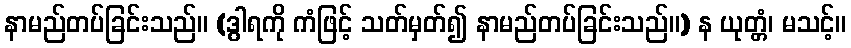
နာမည်တပ်ခြင်းသည်။ (ဒွါရကို ကံဖြင့် သတ်မှတ်၍ နာမည်တပ်ခြင်းသည်။) န ယုတ္တံ၊ မသင့်။